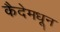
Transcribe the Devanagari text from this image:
कैदेमधून